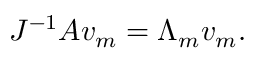
J ^ { - 1 } A v _ { m } = \Lambda _ { m } v _ { m } .